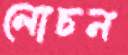
লোচন